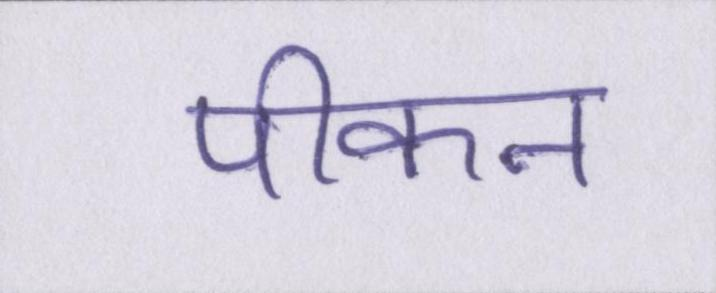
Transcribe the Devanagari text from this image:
पीकन